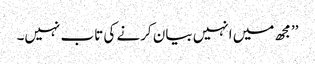
’’مجھ میں انہیں بیان کرنے کی تاب نہیں۔